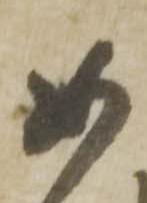
如